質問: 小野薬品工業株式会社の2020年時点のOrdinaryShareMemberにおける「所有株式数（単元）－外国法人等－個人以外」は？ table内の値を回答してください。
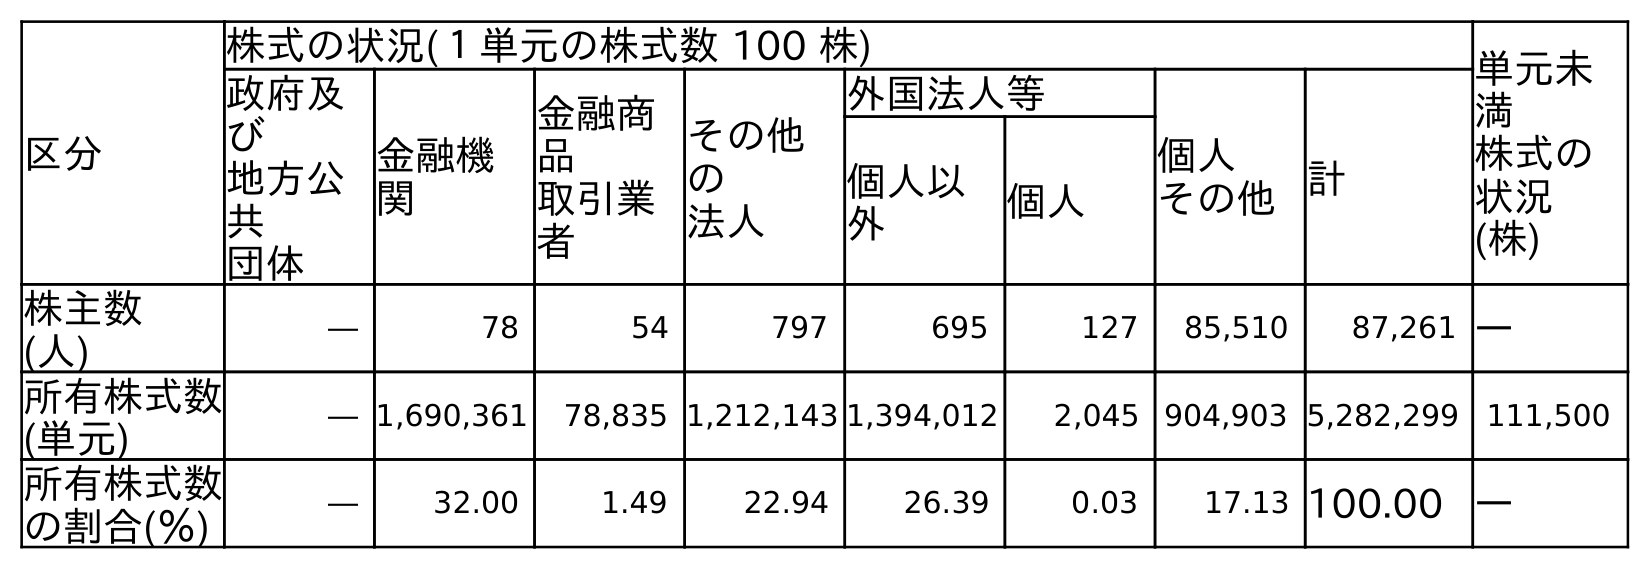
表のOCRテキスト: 区分 株式の状況(１単元の株式数 100 株) 単元未 満 株式の 状況 (株) 政府及 び 地方公 共 団体 金融機 関 金融商 品 取引業 者 その他 の 法人 外国法人等 個人 その他計 個人以 外 個人 株主数 (人) ― 78 54 797 695 127 85,510 87,261 ― 所有株式数 (単元) ― 1,690,361 78,835 1,212,143 1,394,012 2,045 904,903 5,282,299 111,500 所有株式数 の割合(％) ― 32.00 1.49 22.94 26.39 0.03 17.13 100.00 ―
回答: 1,394,012